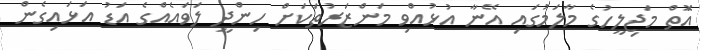
އަޮތް މަޖިލީހުގެ މާލަމުގައި އޭނާ އުޅުއްވި މަންޒަރުތަކަށް ހިންދީ ލަވައެއްގެ އަޑު އަޅައިގެން